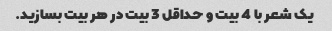
یک شعر با 4 بیت و حداقل 3 بیت در هر بیت بسازید.